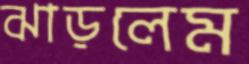
ঝাড়লেম